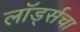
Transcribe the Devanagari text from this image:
लॉर्ड्सचा